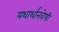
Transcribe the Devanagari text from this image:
यथार्थानवेषी